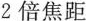
2倍焦距